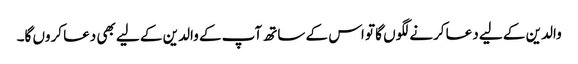
والدین کے لیے دعا کرنے لگوں گا تو اس کے ساتھ آپ کے والدین کے لیے بھی دعا کروں گا۔